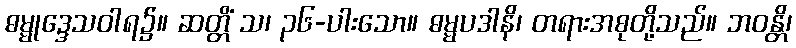
ဓမ္မုဒ္ဒေသဝါရ၌။ ဆတ္တိံ သ၊ ၃၆-ပါးသော။ ဓမ္မပဒါနိ၊ တရားအစုတို့သည်။ ဘဝန္တိ၊